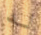
له